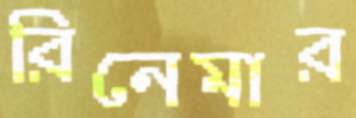
রিনেমার